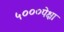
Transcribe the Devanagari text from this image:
५०००पेक्षा